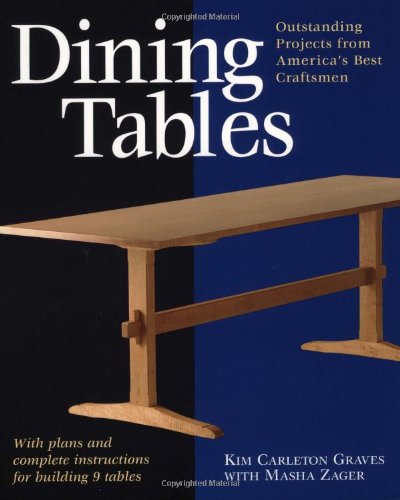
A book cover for Dining Tables: Outstanding Projects from America's Best Craftsmen (Furniture Projects); Kim Carleton Graves; Crafts, Hobbies & Home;